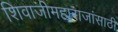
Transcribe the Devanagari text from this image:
शिवाजीमहाराजांसाठी